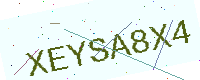
Text: XEYSA8X4